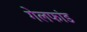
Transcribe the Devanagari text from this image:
गेलफांड